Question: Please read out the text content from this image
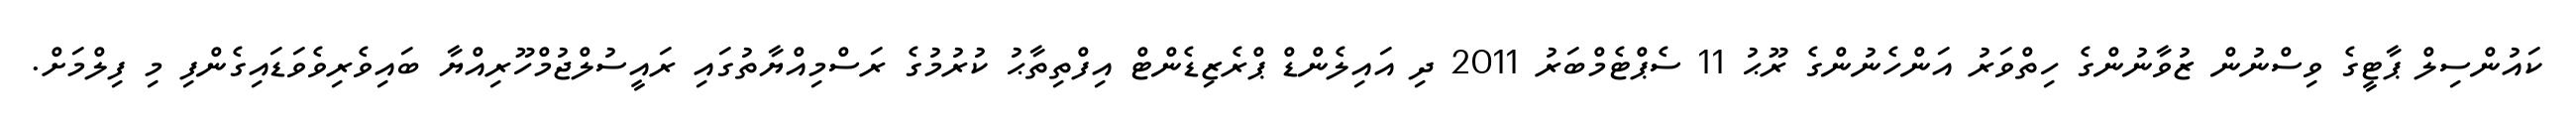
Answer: ކައުންސިލް ޕާޓީގެ ވިސްނުން ޒުވާނުންގެ ހިތްވަރު އަންހެނުންގެ ރޫޙު 11 ސެޕްޓެމްބަރު 2011 ދި އައިލެންޑް ޕްރެޒިޑެންޓް އިފްތިތާޙު ކުރުމުގެ ރަސްމިއްޔާތުގައި ރައީސުލްޖުމްހޫރިއްޔާ ބައިވެރިވެވަޑައިގެންފި މި ފިލްމަށް.